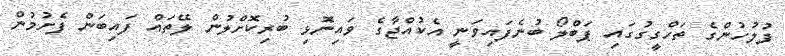
ފުލުހުންގެ ތަހްގީގުގައި ޕަބްލޯ ބުނެފައިވަނީ އެކުއްޖާގެ ވައިނޮޅި ބުރިކޮށްލުން ލޭތައް ފައިބަން ފެށުމުން